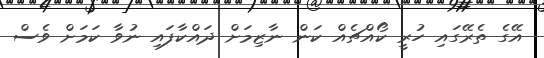
އޭގެ ތެރޭގައި ހުރީ ކޯއްޗެއް ކަން ނާޒިމަށް ދައްކާފައި ނުވާ ކަމަށް ވެސް